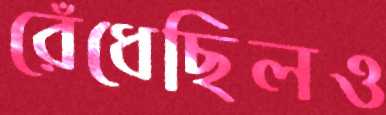
রেঁধেছিলও